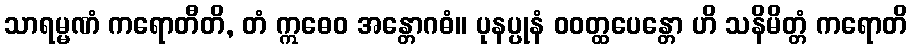
သာရမ္မဏံ ကရောတီတိ, တံ ဣဓေဝ အန္တောဂဓံ။ ပုနပ္ပုနံ ဝဝတ္ထပေန္တော ဟိ သနိမိတ္တံ ကရောတိ